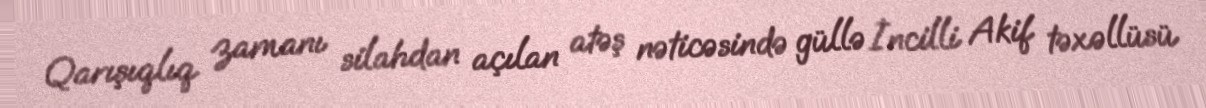
Qarışıqlıq zamanı silahdan açılan atəş nəticəsində güllə İncilli Akif təxəllüsü